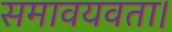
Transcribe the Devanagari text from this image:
समावयवता।